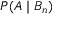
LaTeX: P ( A \mid B _ { n } )